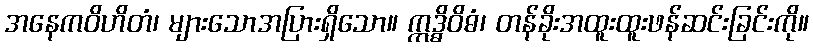
အနေကဝိဟိတံ၊ များသောအပြားရှိသော။ ဣဒ္ဓိဝိဓံ၊ တန်ခိုးအထူးထူးဖန်ဆင်းခြင်းကို။